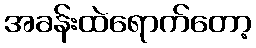
အခန်းထဲရောက်တော့